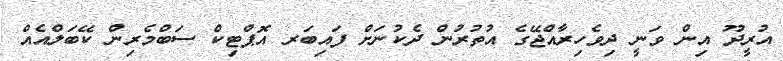
އުރީދޫ އިން ވަނީ ދިވެހިރާއްޖޭގެ އުތުރުން ދެކުނަށް ފައިބަރ އޮޕްޓިކް ސަބްމެރިން ކޭބަލްއެއް